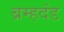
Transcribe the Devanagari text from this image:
ब्रम्हदंड